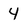
Character: 4